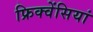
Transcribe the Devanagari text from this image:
फ्रिक्वेंसियां